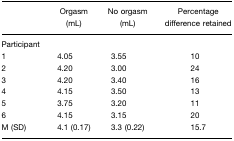
|  | Orgasm (mL) | No orgasm (mL) | Percentage difference retained |
 | --- | --- | --- | --- |
 | Participant |  |  |  |
 | 1 | 4.05 | 3.55 | 10 |
 | 2 | 4.20 | 3.00 | 24 |
 | 3 | 4.20 | 3.40 | 16 |
 | 4 | 4.15 | 3.50 | 13 |
 | 5 | 3.75 | 3.20 | 11 |
 | 6 | 4.15 | 3.15 | 20 |
 | M (SD) | 4.1 (0.17) | 3.3 (0.22) | 15.7 |